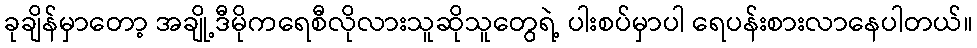
ခုချိန်မှာတော့ အချို့ဒီမိုကရေစီလိုလားသူဆိုသူတွေရဲ့ ပါးစပ်မှာပါ ရေပန်းစားလာနေပါတယ်။